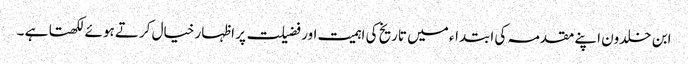
ابن خلدون اپنے مقدمہ کی ابتداء میں تاریخ کی اہمیت اور فضیلت پر اظہار خیال کرتے ہوئے لکھتا ہے ۔